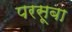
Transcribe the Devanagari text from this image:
परसूबा